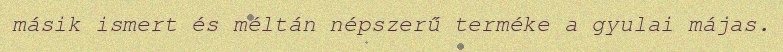
másik ismert és méltán népszerű terméke a gyulai májas.